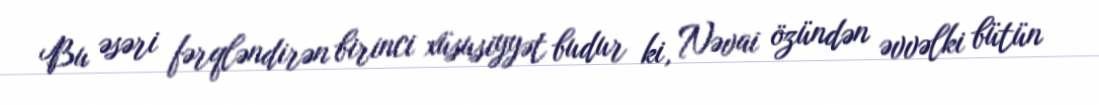
Bu əsəri fərqləndirən birinci xüsusiyyət budur ki, Nəvai özündən əvvəlki bütün